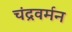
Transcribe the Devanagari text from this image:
चंद्रवर्मन